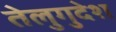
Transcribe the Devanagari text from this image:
तेलुगुदेश